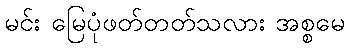
မင်း မြေပုံဖတ်တတ်သလား အစ္စမေ